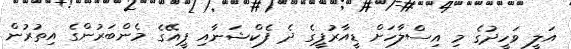
އަލީ ވަހީދުގެ މި އިސްލާހަށް ޑީއާރުޕީގެ ދެ ފެކްޝަނާއި ޕީއޭގެ މެންބަރުންގެ އިތުރުން